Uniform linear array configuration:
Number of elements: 32
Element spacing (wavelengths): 0.25
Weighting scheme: binomial
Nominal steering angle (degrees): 15
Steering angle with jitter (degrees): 14.409
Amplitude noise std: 0.05
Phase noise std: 0.05

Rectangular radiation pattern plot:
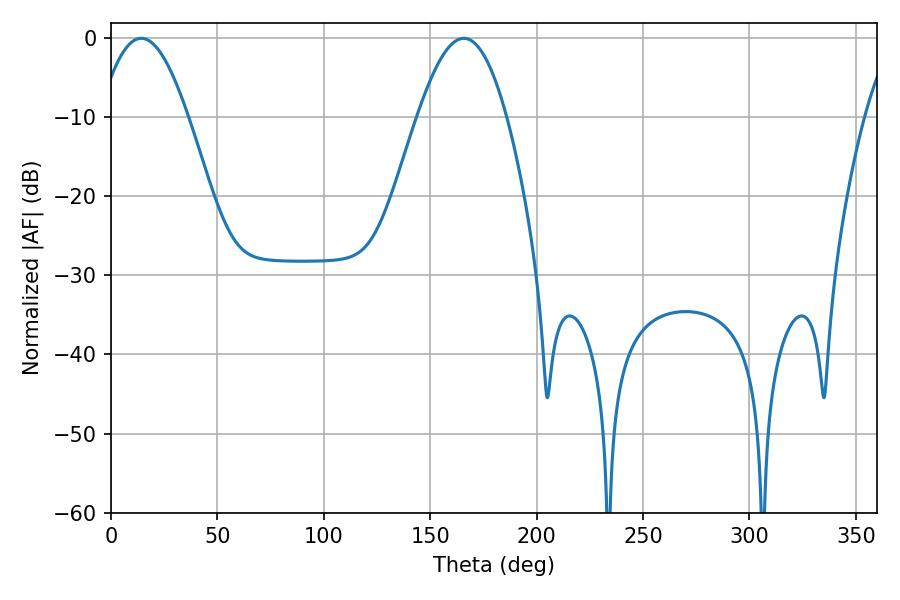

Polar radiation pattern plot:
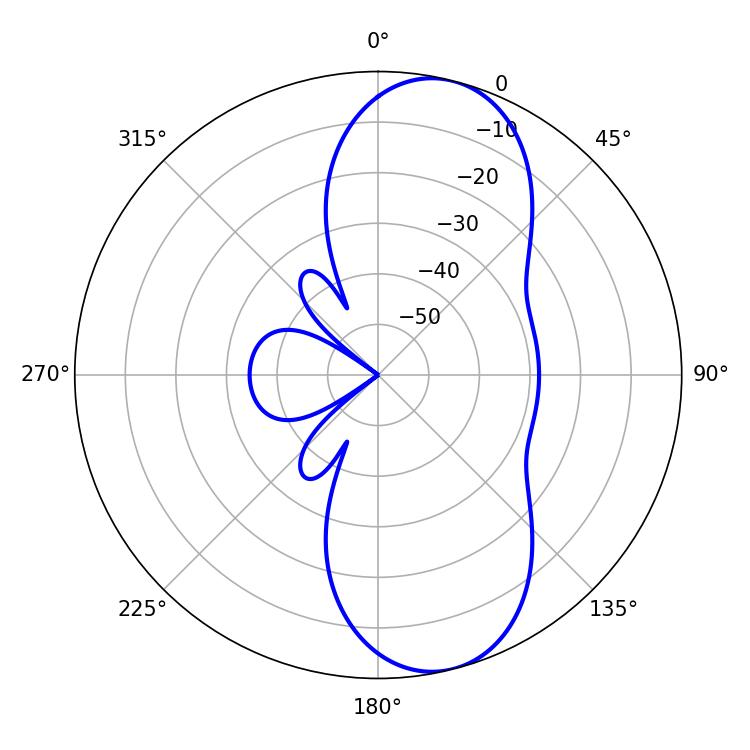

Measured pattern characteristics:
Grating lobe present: FALSE
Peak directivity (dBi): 9.586
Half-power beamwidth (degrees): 22.68
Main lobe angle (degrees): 14.22